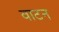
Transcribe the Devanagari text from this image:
वाटन